Indian journal of veterinary science and animal husbandry - Volume 1,
Year: 1931
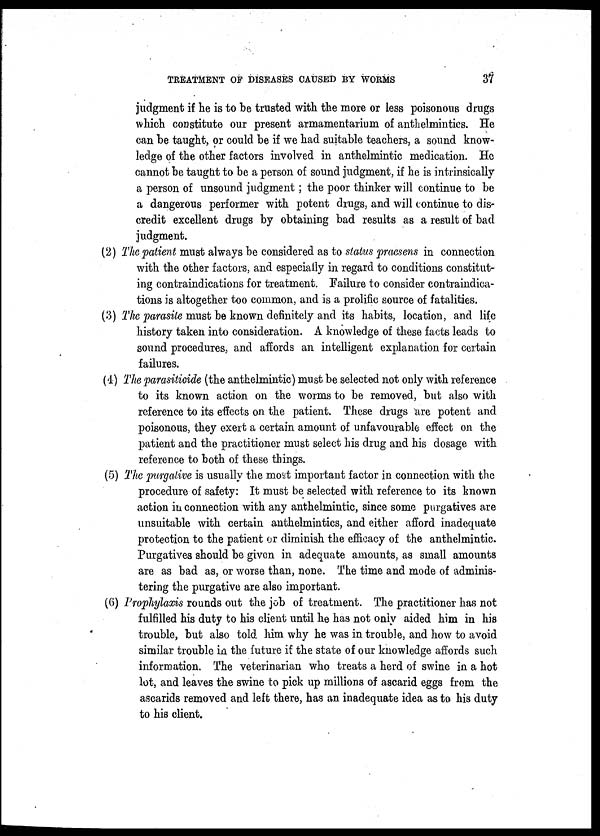
TREATMENT OF DISEASES CAUSED BY WORMS 37
judgment if he is to be trusted with the more or less poisonous drugs
which constitute our present armamentarium of anthelmintics. He
can be taught, or could be if we had suitable teachers, a sound know-
ledge of the other factors involved in anthelmintic medication. He
cannot be taught to be a person of sound judgment, if he is intrinsically
a person of unsound judgment ; the poor thinker will continue to be
a dangerous performer with potent drugs, and will continue to dis-
credit excellent drugs by obtaining bad results as a result of bad
judgment.
(2) The patient must always be considered as to status praesens in connection
with the other factors, and especially in regard to conditions constitut-
ing contraindications for treatment. Failure to consider contraindica-
tions is altogether too common, and is a prolific source of fatalities.
(3) The parasite must be known definitely and its habits, location, and life
history taken into consideration. A knowledge of these facts leads to
sound procedures, and affords an intelligent explanation for certain
failures.
(4) The parasiticide (the anthelmintic) must be selected not only with reference
to its known action on the worms to be removed, but also with
reference to its effects on the patient. These drugs are potent and
poisonous, they exert a certain amount of unfavourable effect on the
patient and the practitioner must select his drug and his dosage with
reference to both of these things.
(5) The purgative is usually the most important factor in connection with the
procedure of safety: It must be selected with reference to its known
action in connection with any anthelmintic, since some purgatives are
unsuitable with certain anthelmintics, and either afford inadequate
protection to the patient or diminish the efficacy of the anthelmintic.
Purgatives should be given in adequate amounts, as small amounts
are as bad as, or worse than, none. The time and mode of adminis-
tering the purgative are also important.
(6) Prophylaxis rounds out the job of treatment. The practitioner has not
fulfilled his duty to his client until he has not only aided him in his
trouble, but also told him why he was in trouble, and how to avoid
similar trouble in the future if the state of our knowledge affords such
information. The veterinarian who treats a herd of swine in a hot
lot, and leaves the swine to pick up millions of ascarid eggs from the
ascarids removed and left there, has an inadequate idea as to his duty
to his client.